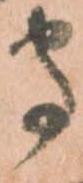
守